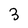
Character: 3